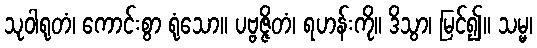
သုဝါရုတံ၊ ကောင်းစွာ ရုံသော။ ပဗ္ဗဇ္ဇိတံ၊ ရဟန်းကို။ ဒိသွာ၊ မြင်၍။ သမ္မ၊